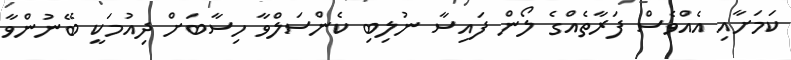
ކަމަށާއި އެއްވެސް ފަރާތެއްގެ ލޯން ފައިސާ ނުލިބި ކެންސަލްވާ ހިސާބަށް ދިއުމަކީ ބޭނުންވާ